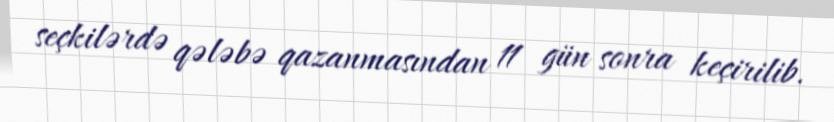
seçkilərdə qələbə qazanmasından 11 gün sonra keçirilib.